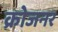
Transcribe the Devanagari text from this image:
क्रोजनर